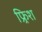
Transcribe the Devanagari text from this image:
फ्र्रिश